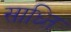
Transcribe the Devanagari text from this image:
साध्ति